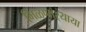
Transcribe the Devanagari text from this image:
मिळणार्‍याया